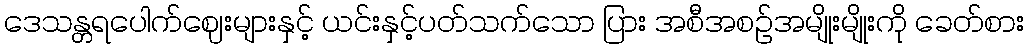
ဒေသန္တရပေါက်ဈေးများနှင့် ယင်းနှင့်ပတ်သက်သော ပြား အစီအစဉ်အမျိုးမျိုးကို ခေတ်စား